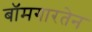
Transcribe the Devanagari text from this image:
बॉमगारतेन